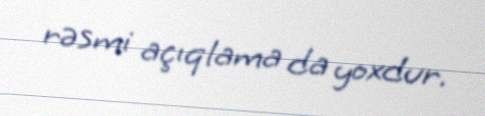
rəsmi açıqlama da yoxdur.